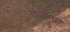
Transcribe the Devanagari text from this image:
तोजोनेही